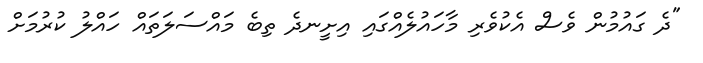
"ދެ ގައުމުން ވެސް އެކުވެރި މާހައުލެއްގައި އިށީނދެ ތިބެ މައްސަލަތައް ހައްލު ކުރުމަށް